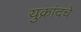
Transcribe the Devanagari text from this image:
युक्रांदचे